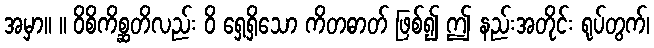
အမှာ။ ။ ဝိစိကိစ္ဆတိလည်း ဝိ ရှေ့ရှိသော ကိတဓာတ် ဖြစ်၍ ဤ နည်းအတိုင်း ရုပ်တွက်၊